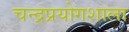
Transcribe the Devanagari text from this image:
चन्द्रप्रयोगशाला